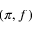
( \pi , f )